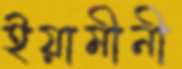
ইয়ামীনী